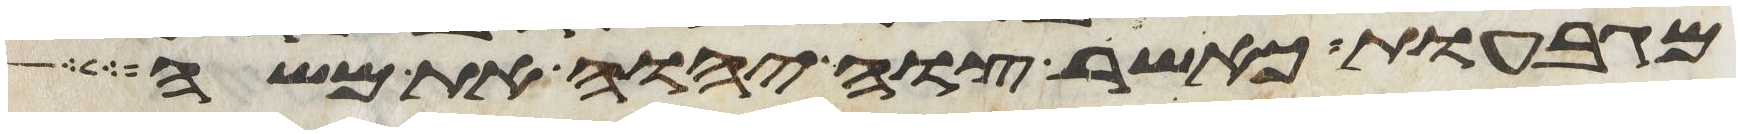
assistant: מגבעות כאשר צוה יהוה את משה